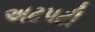
અટપટી